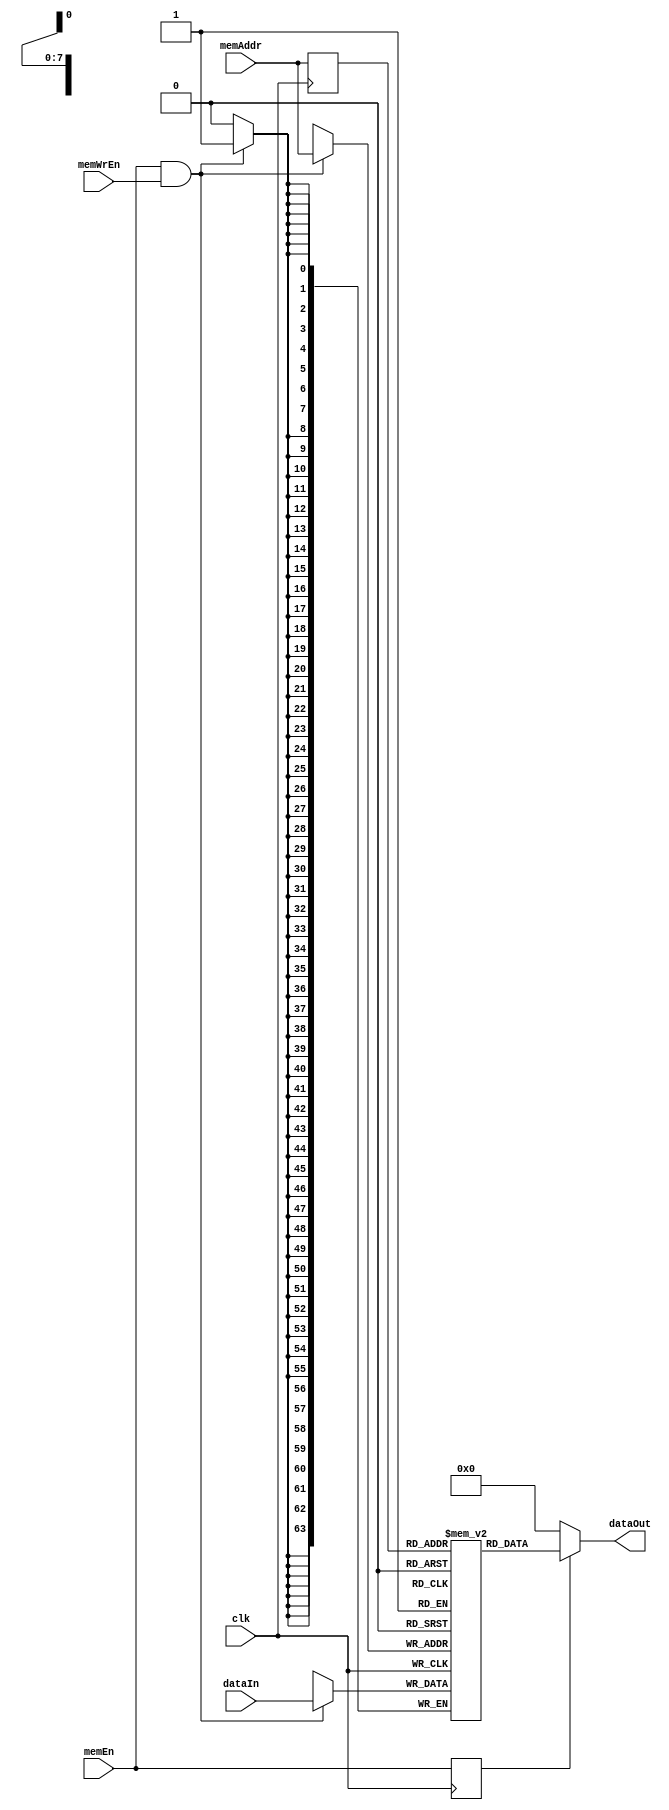
/////////////////////////////////////////////////////////////////////
// Project      : EE577B Fall2021 Cardinal SoC
// Description  : Data Memory For Cardinal Processor 
// Version      : ver2
// Last Modified by : Aditya 
// Update Log   : 
// ver2: updated name for MemoryWriteEnable signal
//
/////////////////////////////////////////////////////////////////////
`timescale 1ns/10ps

module dmem (clk, memEn, memWrEn, memAddr, dataIn, dataOut);
	input          clk;       // System Clock
	input          memEn;     // Memory Enable
	input          memWrEn;   // Memory Write Enable
	input  [0:7]   memAddr;   // Memory Read/Write Address (8-bit)
	input  [0:63]  dataIn;    // Memory WRITE Data
	output [0:63]  dataOut;   // Memory READ Output

	// Memory Declaration
	reg [0:63] MEM[0:255];    // 64-wide, 256-deep memory
	
	// Registered Inputs
	reg r_memEn;
	reg [0:7] r_memAddr;

	// READ Operation
	assign dataOut = r_memEn ? MEM[r_memAddr] : 64'd0;
	
	// Input Registers
	always @(posedge clk) begin
		r_memEn <= memEn;
		r_memAddr <= memAddr;
	end
	
	// Synchronous WRITE Operation
	always @(posedge clk) begin
		if (memEn & memWrEn) begin
			MEM[memAddr] <= dataIn;
		end
	end
endmodule